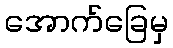
အောက်ခြေမှ